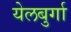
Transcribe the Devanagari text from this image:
येलबुर्गा